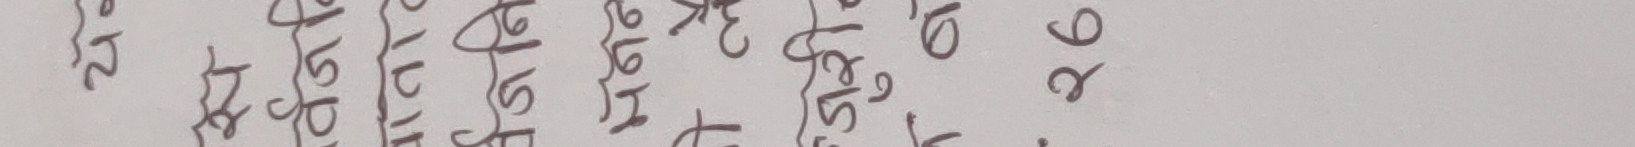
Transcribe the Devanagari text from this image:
२ ४ ६ ८ १० १२ १४ १६ १८ २० ९ ८